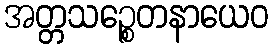
အတ္တသဉ္စေတနာယေဝ